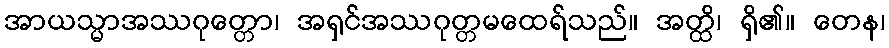
အာယသ္မာအဿဂုတ္တော၊ အရှင်အဿဂုတ္တမထေရ်သည်။ အတ္ထိ၊ ရှိ၏။ တေန၊